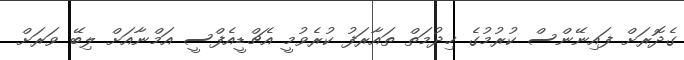
ގެދޮރަށް ފައިނޭންސް ކުރުމުގެ ޚިދުމަތް ތައާރަފު ކުރެވުމީ އެޗްޑީއެފްސީ އަމްނާއަށް ލިބޭ ވަރަށް